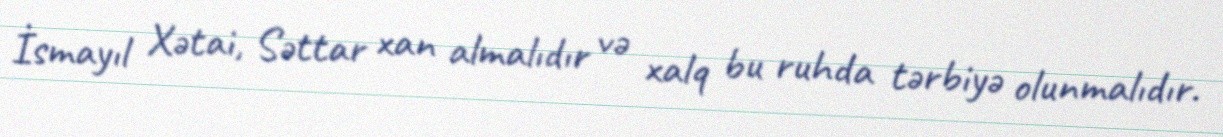
İsmayıl Xətai, Səttar xan almalıdır və xalq bu ruhda tərbiyə olunmalıdır.